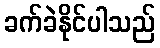
ခက်ခဲနိုင်ပါသည်